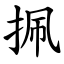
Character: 㧩